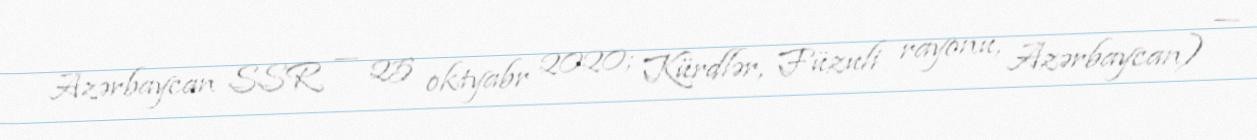
Azərbaycan SSR — 25 oktyabr 2020; Kürdlər, Füzuli rayonu, Azərbaycan) —